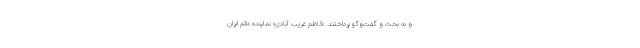
و به بحث و گفت‌وگو پرداختند. «کاظم غریب آبادی» نماینده دائم ایران